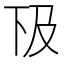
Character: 𠀨